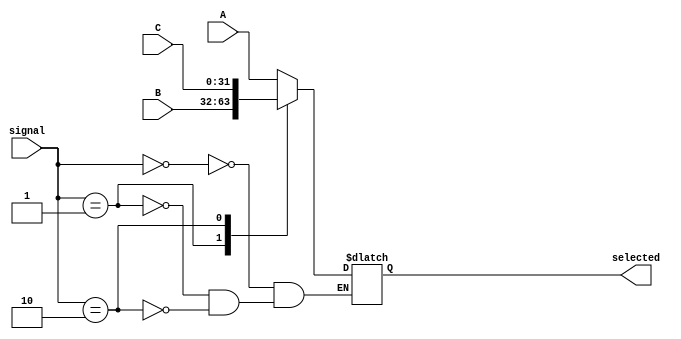
`timescale 1ns / 1ps
//////////////////////////////////////////////////////////////////////////////////
// Company: 
// Engineer: 
// 
// Design Name: 
// Module Name: Mux_32_PCSrc
// Project Name: 
// Target Devices: 
// Tool Versions: 
// Description: 
// 
// Dependencies: 
// 
// Revision:
// Revision 0.01 - File Created
// Additional Comments:
// 
//////////////////////////////////////////////////////////////////////////////////


module Mux_32_PCSrc(signal, A, B, C, selected);
    input [1:0] signal;
    input [31:0] A, B, C;
    output reg [31:0] selected;
    
    always @(signal or A or B or C) begin
        case(signal)
            2'b00: selected = A;
            2'b01: selected = B;
            2'b10: selected = C;
        endcase
    end
endmodule